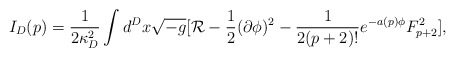
\begin{align*}I_D(p)={1\over{2\kappa^2_D}}\int d^Dx\sqrt{-g}[{\cal R}-{1\over 2}(\partial\phi)^2-{1\over{2(p+2)!}}e^{-a(p)\phi}F^2_{p+2}],\end{align*}